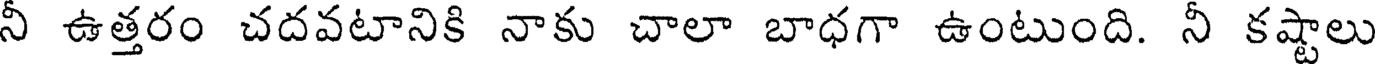
నీ ఉత్తరం చదవటానికి నాకు చాలా బాధగా ఉంటుంది. నీ కష్టాలు